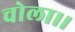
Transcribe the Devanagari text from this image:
चोला।।